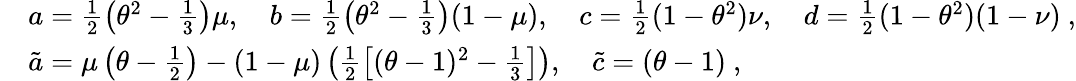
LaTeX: \begin{array}{rl}&{a=\frac{1}{2}\left(\theta^{2}-\frac{1}{3}\right)\mu,\quad b=\frac{1}{2}\left(\theta^{2}-\frac{1}{3}\right)(1-\mu),\quad c=\frac{1}{2}(1-\theta^{2})\nu,\quad d=\frac{1}{2}(1-\theta^{2})(1-\nu)\ ,}\\ &{\tilde{a}=\mu\left(\theta-\frac{1}{2}\right)-(1-\mu)\left(\frac{1}{2}\left[(\theta-1)^{2}-\frac{1}{3}\right]\right),\quad\tilde{c}=(\theta-1)\ ,}\end{array}